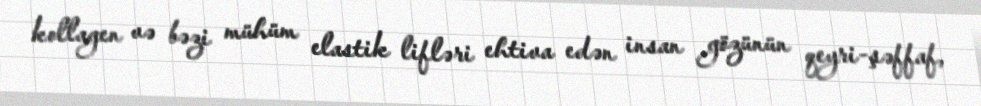
kollagen və bəzi mühüm elastik lifləri ehtiva edən insan gözünün qeyri-şəffaf,